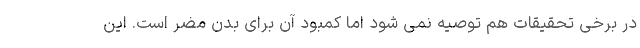
در برخی تحقیقات هم توصیه نمی شود اما کمبود آن برای بدن مضر است. این